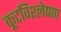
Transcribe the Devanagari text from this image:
कूटविश्लेषण